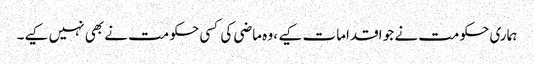
ہماری حکومت نے جو اقدامات کیے ، وہ ماضی کی کسی حکومت نے بھی نہیں کیے۔